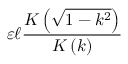
\varepsilon \ell { \frac { K \left( { \sqrt { 1 - k ^ { 2 } } } \right) } { K \left( k \right) } }